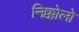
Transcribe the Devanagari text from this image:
निक्कोलो